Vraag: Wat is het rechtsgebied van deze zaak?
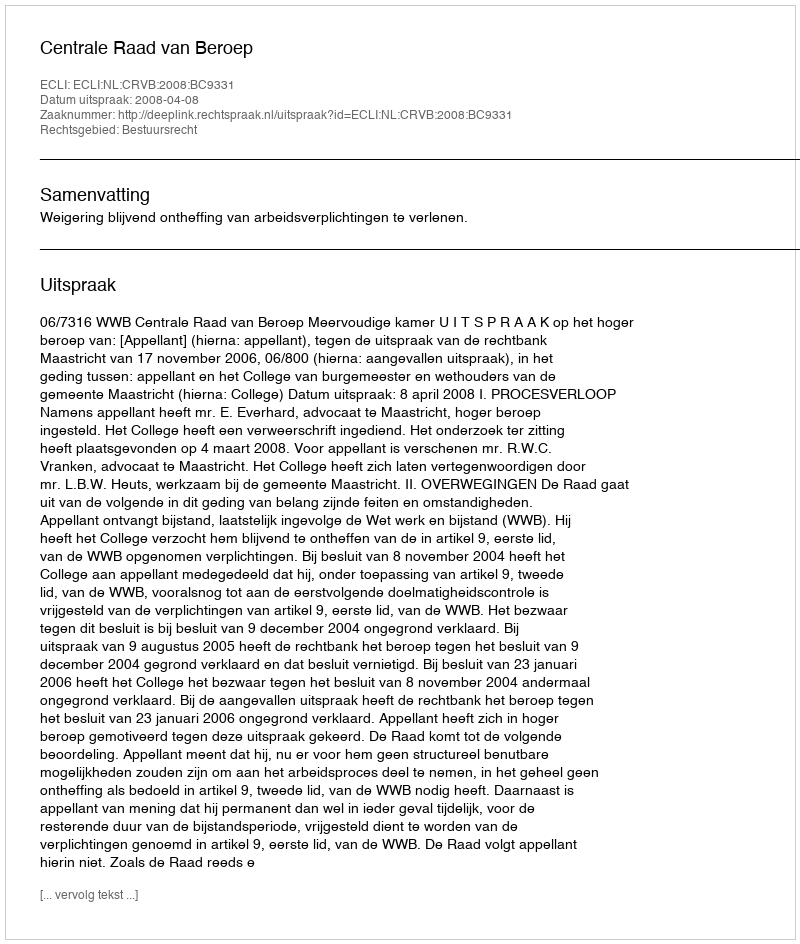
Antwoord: Bestuursrecht